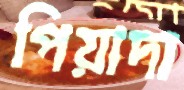
পিয়াদা